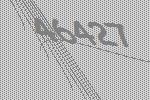
46427